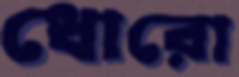
ধোরো